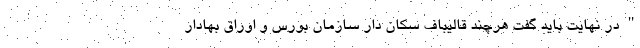
" در نهایت باید گفت هرچند قالیباف سکان دار سازمان بورس و اوراق بهادار